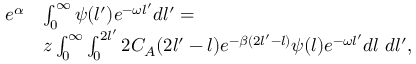
\begin{array} { r l } { e ^ { \alpha } } & { \int _ { 0 } ^ { \infty } \psi ( l ^ { \prime } ) e ^ { - \omega l ^ { \prime } } d l ^ { \prime } = } \\ & { z \int _ { 0 } ^ { \infty } \int _ { 0 } ^ { 2 l ^ { \prime } } 2 C _ { A } ( 2 l ^ { \prime } - l ) e ^ { - \beta ( 2 l ^ { \prime } - l ) } \psi ( l ) e ^ { - \omega l ^ { \prime } } d l \ d l ^ { \prime } , } \end{array}